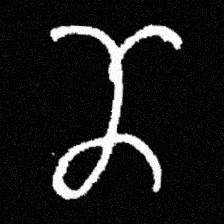
Pyu character \u2014 Myanmar letter: ဏ (romanized: nna)